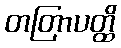
တတြာပတ္ထိ